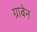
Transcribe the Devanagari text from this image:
ग्राबेन